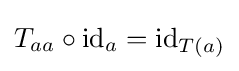
T_{aa}\circ \operatorname {id} _{a}=\operatorname {id} _{T(a)}